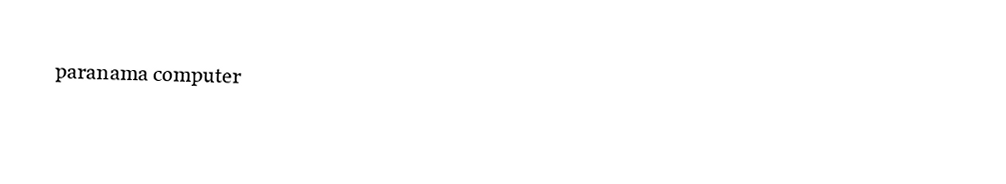
paranama computer